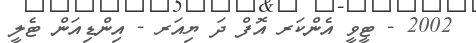
2002 - ޓީވީ އެންކަރ އޮފް ދަ ޔިއަރ - އިންޑިއަން ޓެލީ